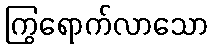
ကြွရောက်လာသော